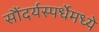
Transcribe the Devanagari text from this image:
सौंदर्यस्पर्धेमध्ये